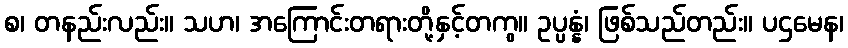
စ၊ တနည်းလည်း။ သဟ၊ အကြောင်းတရားတို့နှင့်တကွ။ ဥပ္ပန္နံ၊ ဖြစ်သည်တည်း။ ပဌမေန၊